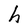
Character: h